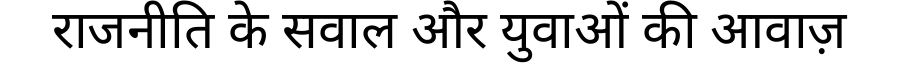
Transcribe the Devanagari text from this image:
राजनीति के सवाल और युवाओं की आवाज़